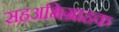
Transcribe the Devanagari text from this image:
सहअभिग्राहक